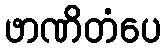
ဖာဏိတံပေ